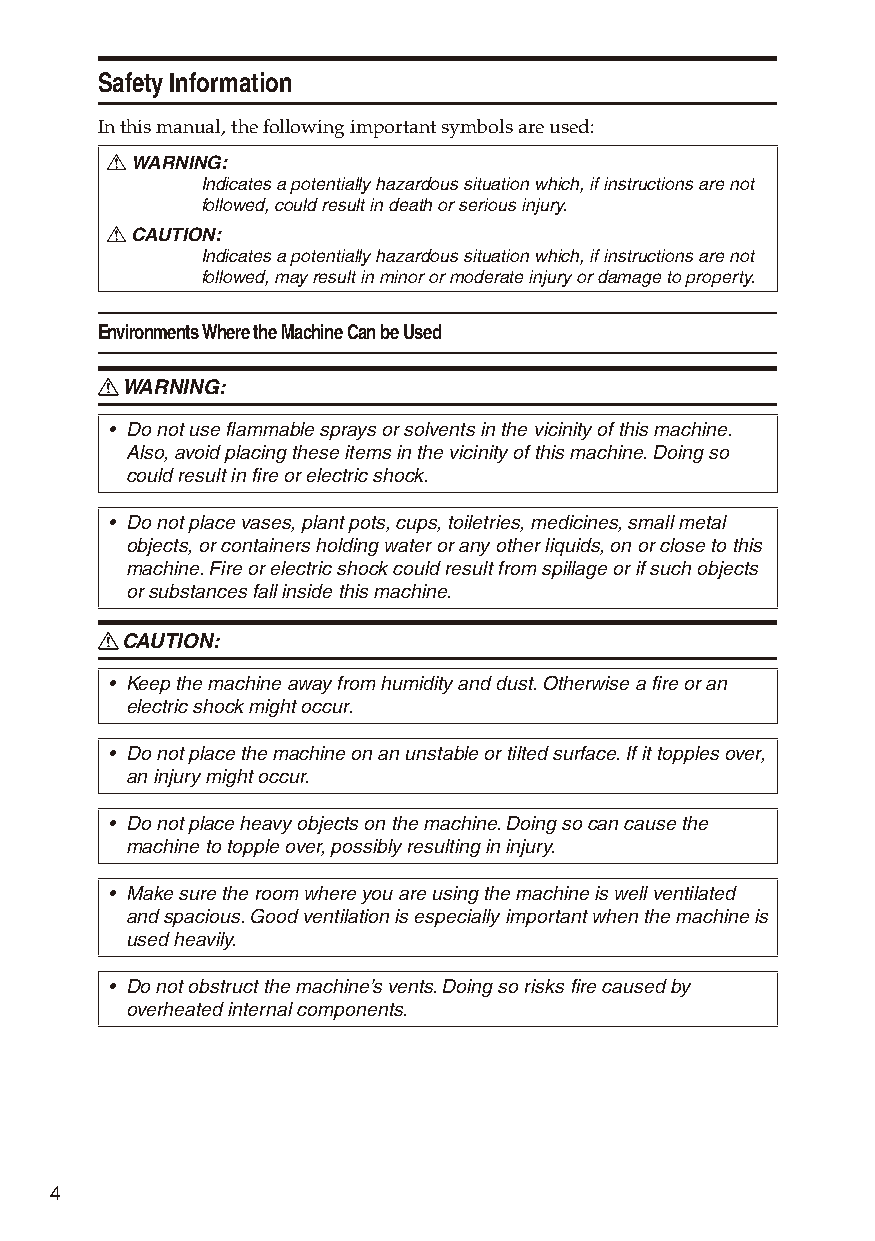
Safety Information
 In this manual, the following important symbols are used:
 R WARNING:
 Indicates a potentially hazardous situation which, if instructions are not
 followed, could result in death or serious injury.
 R CAUTION:
 Indicates a potentially hazardous situation which, if instructions are not
 followed, may result in minor or moderate injury or damage to property.
 Environments Where the Machine Can be Used
 R WARNING:
 • Do not use flammable sprays or solvents in the vicinity of this machine.
 Also, avoid placing these items in the vicinity of this machine. Doing so
 could result in fire or electric shock.
 • Do not place vases, plant pots, cups, toiletries, medicines, small metal
 objects, or containers holding water or any other liquids, on or close to this
 machine. Fire or electric shock could result from spillage or if such objects
 or substances fall inside this machine.
 R CAUTION:
 • Keep the machine away from humidity and dust. Otherwise a fire or an
 electric shock might occur.
 • Do not place the machine on an unstable or tilted surface. If it topples over,
 an injury might occur.
 • Do not place heavy objects on the machine. Doing so can cause the
 machine to topple over, possibly resulting in injury.
 • Make sure the room where you are using the machine is well ventilated
 and spacious. Good ventilation is especially important when the machine is
 used heavily.
 • Do not obstruct the machine’s vents. Doing so risks fire caused by
 overheated internal components.
 4